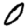
Digit: 0